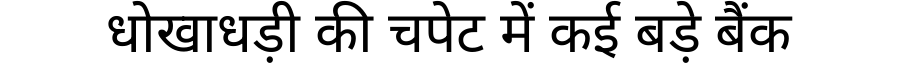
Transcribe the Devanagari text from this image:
धोखाधड़ी की चपेट में कई बड़े बैंक